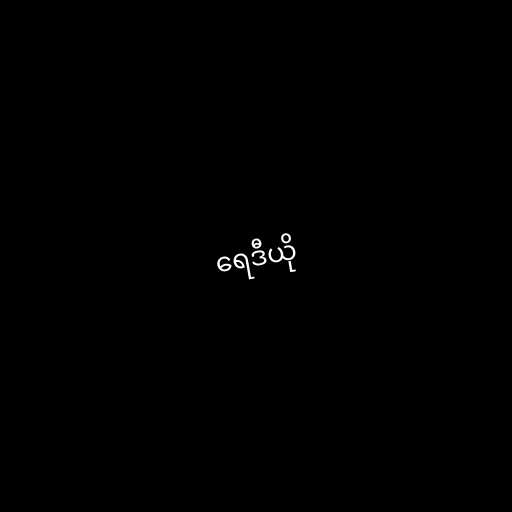
ရေဒီယို